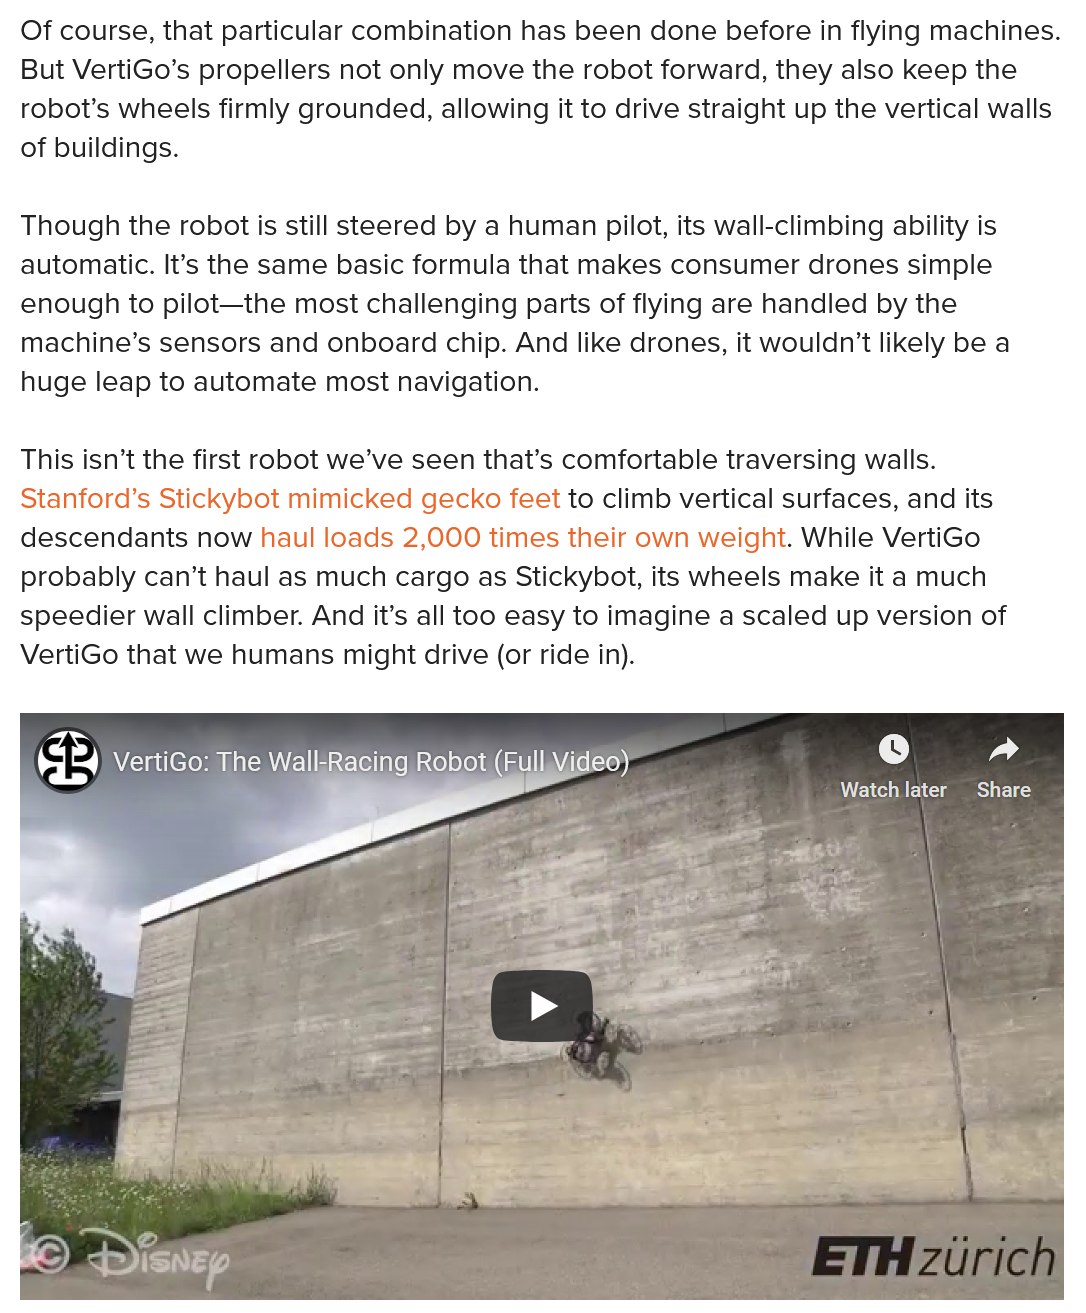
Of course, that particular combination has been done before in flying machines.
  But VertiGo’s propellers not only move the robot forward, they also keep the
  robot’s wheels firmly grounded, allowing it to drive straight up the vertical walls
  of buildings.
  Though the robot is still steered by a human pilot, its wall-climbing ability is
  automatic. It’s the same basic formula that makes consumer drones simple
  enough to pilot—the most challenging parts of flying are handled by the
  machine’s sensors and onboard chip. And like drones, it wouldn’t likely be a
  huge leap to automate most navigation.
  This isn’t the first robot we’ve seen that’s comfortable traversing walls.
  Stanford’s Stickybot mimicked gecko feet to climb vertical surfaces, and its
  descendants now  haul loads 2,000 times their own weight. While VertiGo
  probably can’t haul as much cargo as Stickybot, its wheels make it a much
  speedier wall climber. And it’s all too easy to imagine a scaled up version of
  VertiGo that we humans might drive (or ride in).

     ( ad
     VertiGo: The Wall-Racing Robot (Full Video)